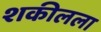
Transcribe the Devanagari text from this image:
शकीलला